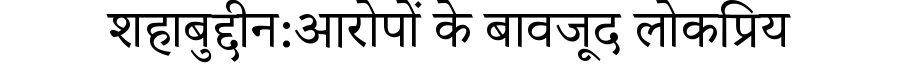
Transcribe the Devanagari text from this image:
शहाबुद्दीन:आरोपों के बावजूद लोकप्रिय